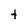
Character: t